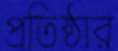
প্রতিষ্ঠার